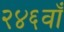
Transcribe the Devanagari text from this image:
२४६वाँ